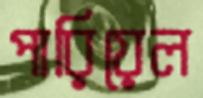
পারিয়েল